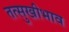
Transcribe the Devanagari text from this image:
तत्सुखीभाव